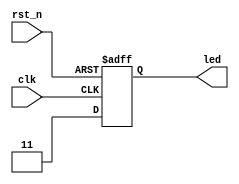
`timescale 1ns / 1ps
//////////////////////////////////////////////////////////////////////////////////
// Company: 
// Engineer: 
// 
// Design Name: 
// Module Name: led_pr3
// Project Name: 
// Target Devices: 
// Tool Versions: 
// Description: 
// 
// Dependencies: 
// 
// Revision:
// Revision 0.01 - File Created
// Additional Comments:
// 
//////////////////////////////////////////////////////////////////////////////////
module led_pr3(
    input clk,
    input rst_n,
    output [1:0]led
);
reg [1:0]led_o;

always@(posedge clk or negedge rst_n)begin
    if(!rst_n)begin
        led_o <= 2'b00;
    end
    else begin
        led_o <= 2'b11;
    end
end

assign led = led_o;

endmodule